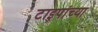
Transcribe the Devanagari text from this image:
टाइपांच्या